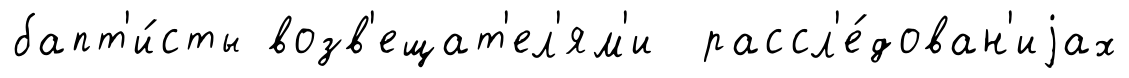
бапт'и́сты возв'ещат'ел'ям'и рассл'е́дован'иjах